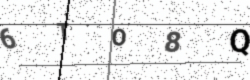
Text: 6TO8Q